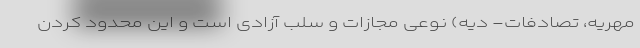
مهریه، تصادفات- دیه) نوعی مجازات و سلب آزادی است و این محدود کردن